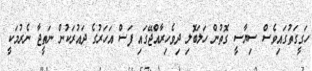
ހަގީގަތުގައިވެސް ސިޔާސީ ގޮތުން ހަލަބޮލި ދިވެހިރާއްޖޭގައި ފަސް އަހަރުގެ ދައުރަކުން ނަތީޖާ ނެރުމަކީ